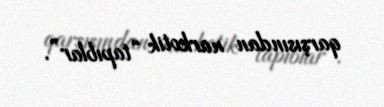
qarşısından narkotik “tapıblar”.